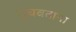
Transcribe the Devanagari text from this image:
सुचवताना